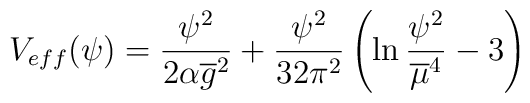
V_{eff} (\psi ) = \frac{\psi ^2}{2 \alpha {\overline g}^2} + \frac{\psi ^2}{32 \pi ^2}\left( \ln \frac{\psi ^2}{{\overline \mu} ^4} -3 \right)